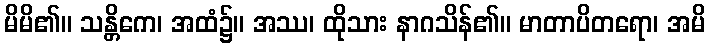
မိမိ၏။ သန္တိကေ၊ အထံ၌။ အဿ၊ ထိုသား နာဂသိန်၏။ မာတာပိတရော၊ အမိ